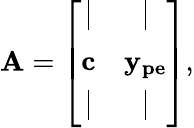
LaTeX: \mathbf{A}=\left[\begin{array}{cccc}{\rule{0.5pt}{2.5ex}}&{\rule{0.5pt}{2.5ex}}\\ {\mathbf{c}}&{\mathbf{y_{pe}}}\\ {\rule{0.5pt}{2.5ex}}&{\rule{0.5pt}{2.5ex}}\end{array}\right],